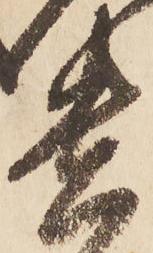
貴